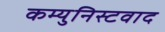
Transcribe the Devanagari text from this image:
कम्युनिस्टवाद